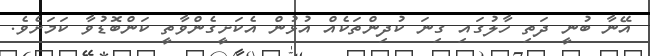
އޭނާ ބުނީ ދަތި ހާލުގައި ގިނަ ކުދިންތަކެއް އުޅުން އެކަށީގެންވާތީ ކަންބޮޑުވާ ކަމަށެވެ.